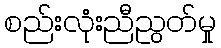
စည်းလုံးညီညွတ်မှု